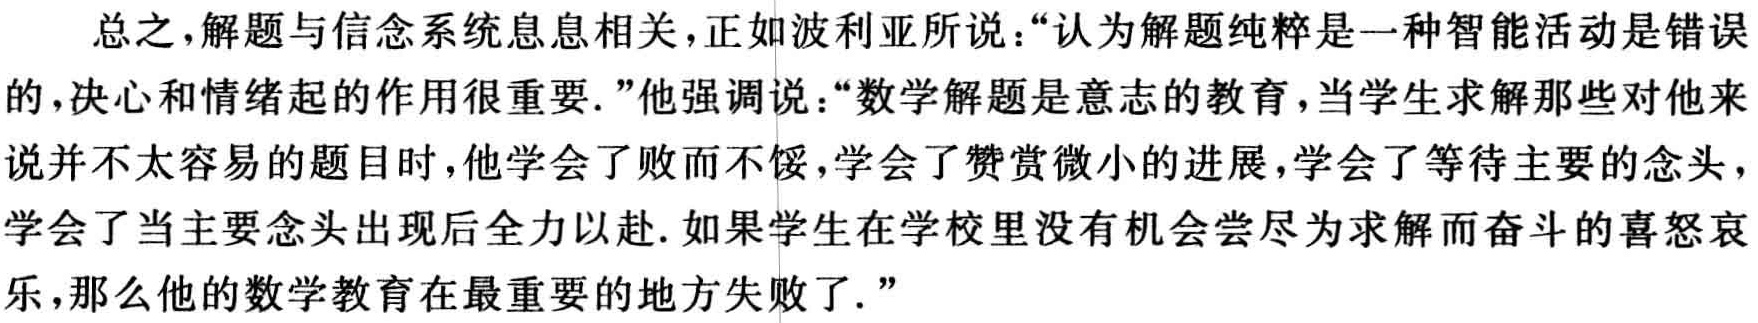
总之，解题与信念系统息息相关，正如波利亚所说：“认为解题纯粹是一种智能活动是错误的，决心和情绪起的作用很重要.”他强调说：“数学解题是意志的教育，当学生求解那些对他来说并不太容易的题目时，他学会了败而不馁，学会了赞赏微小的进展，学会了等待主要的念头，学会了当主要念头出现后全力以赴. 如果学生在学校里没有机会尝尽为求解而奋斗的喜怒哀乐，那么他的数学教育在最重要的地方失败了.”